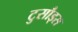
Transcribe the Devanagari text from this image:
टुसौड्स